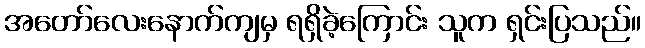
အတော်လေးနောက်ကျမှ ရရှိခဲ့ကြောင်း သူက ရှင်းပြသည်။